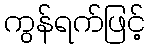
ကွန်ရက်ဖြင့်